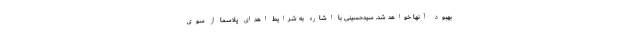
بهبود آنها خواهد شد. سیدحسینی با اشاره به شرایط اهدای پلاسما از سوی